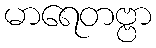
မာရေတဗ္ဗာ